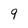
Character: 9